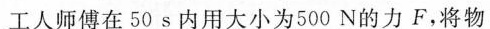
工人师傅在50s内用大小为500N的力F，将物